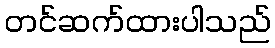
တင်ဆက်ထားပါသည်